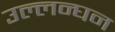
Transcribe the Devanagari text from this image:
उल्लन्घन